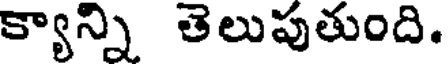
క్యాన్ని తెలుపుతుంది.